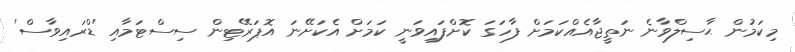
މިކަމުން ޙާސިލްވާނެ ނަތީޖާއެއްކަމަށް ފާހަގަ ކޮށްފައިވަނީ ކަމަށް އެކަށޭނަ އޮޕަރޭޓިން ސިސްޓަމާއި 'ޑްރައިވާސް'